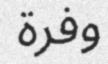
وفرة